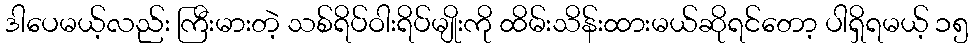
ဒါပေမယ့်လည်း ကြီးမားတဲ့ သစ်ရိပ်ဝါးရိပ်မျိုးကို ထိမ်းသိန်းထားမယ်ဆိုရင်တော့ ပါရှိရမယ့် ၁၅